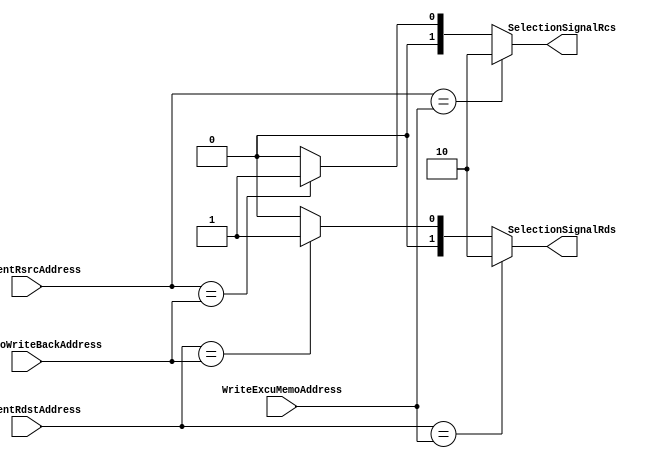
module FullForwardingUnit(input[2:0] CurrentRsrcAddress,CurrentRdstAddress,WriteMemoWriteBackAddress,WriteExcuMemoAddress,
                           output reg[1:0] SelectionSignalRcs, output reg[1:0] SelectionSignalRds
                           );

always @* begin
   if(CurrentRsrcAddress==WriteExcuMemoAddress ) begin
    SelectionSignalRcs=2'b10;
   end
   else if(CurrentRsrcAddress==WriteMemoWriteBackAddress) begin
    SelectionSignalRcs=2'b01;
   end
   else begin
         SelectionSignalRcs=2'b00; 
      end
      
   if(CurrentRdstAddress==WriteExcuMemoAddress) begin
   SelectionSignalRds=2'b10;
   end
   else if(CurrentRdstAddress==WriteMemoWriteBackAddress) begin
   SelectionSignalRds=2'b01;
   end
   else begin
   SelectionSignalRds=2'b00;
   end
end

endmodule